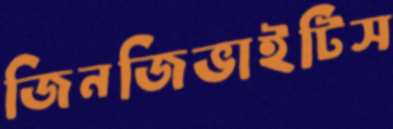
জিনজিভাইটিস